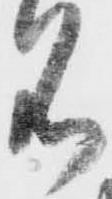
名